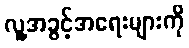
လူ့အခွင့်အရေးများကို